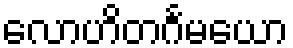
လောဟိတင်္ဂမယော